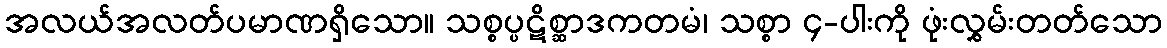
အလယ်အလတ်ပမာဏရှိသော။ သစ္စပ္ပဋိစ္ဆာဒကတမံ၊ သစ္စာ ၄-ပါးကို ဖုံးလွှမ်းတတ်သော